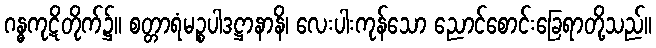
ဂန္ဓကုဋိတိုက်၌။ စတ္တာရံမဉ္စပါဒဋ္ဌာနာနိ၊ လေးပါးကုန်သော ညောင်စောင်းခြေရာတို့သည်။